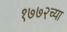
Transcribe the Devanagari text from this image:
१७७२च्या